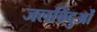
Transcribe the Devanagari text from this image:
जलबिंदुओं